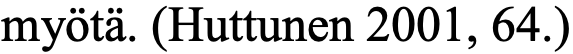
myötä. (Huttunen 2001, 64.)